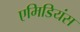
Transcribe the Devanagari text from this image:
एमिडियंस